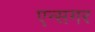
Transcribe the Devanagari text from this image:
एन्सगर